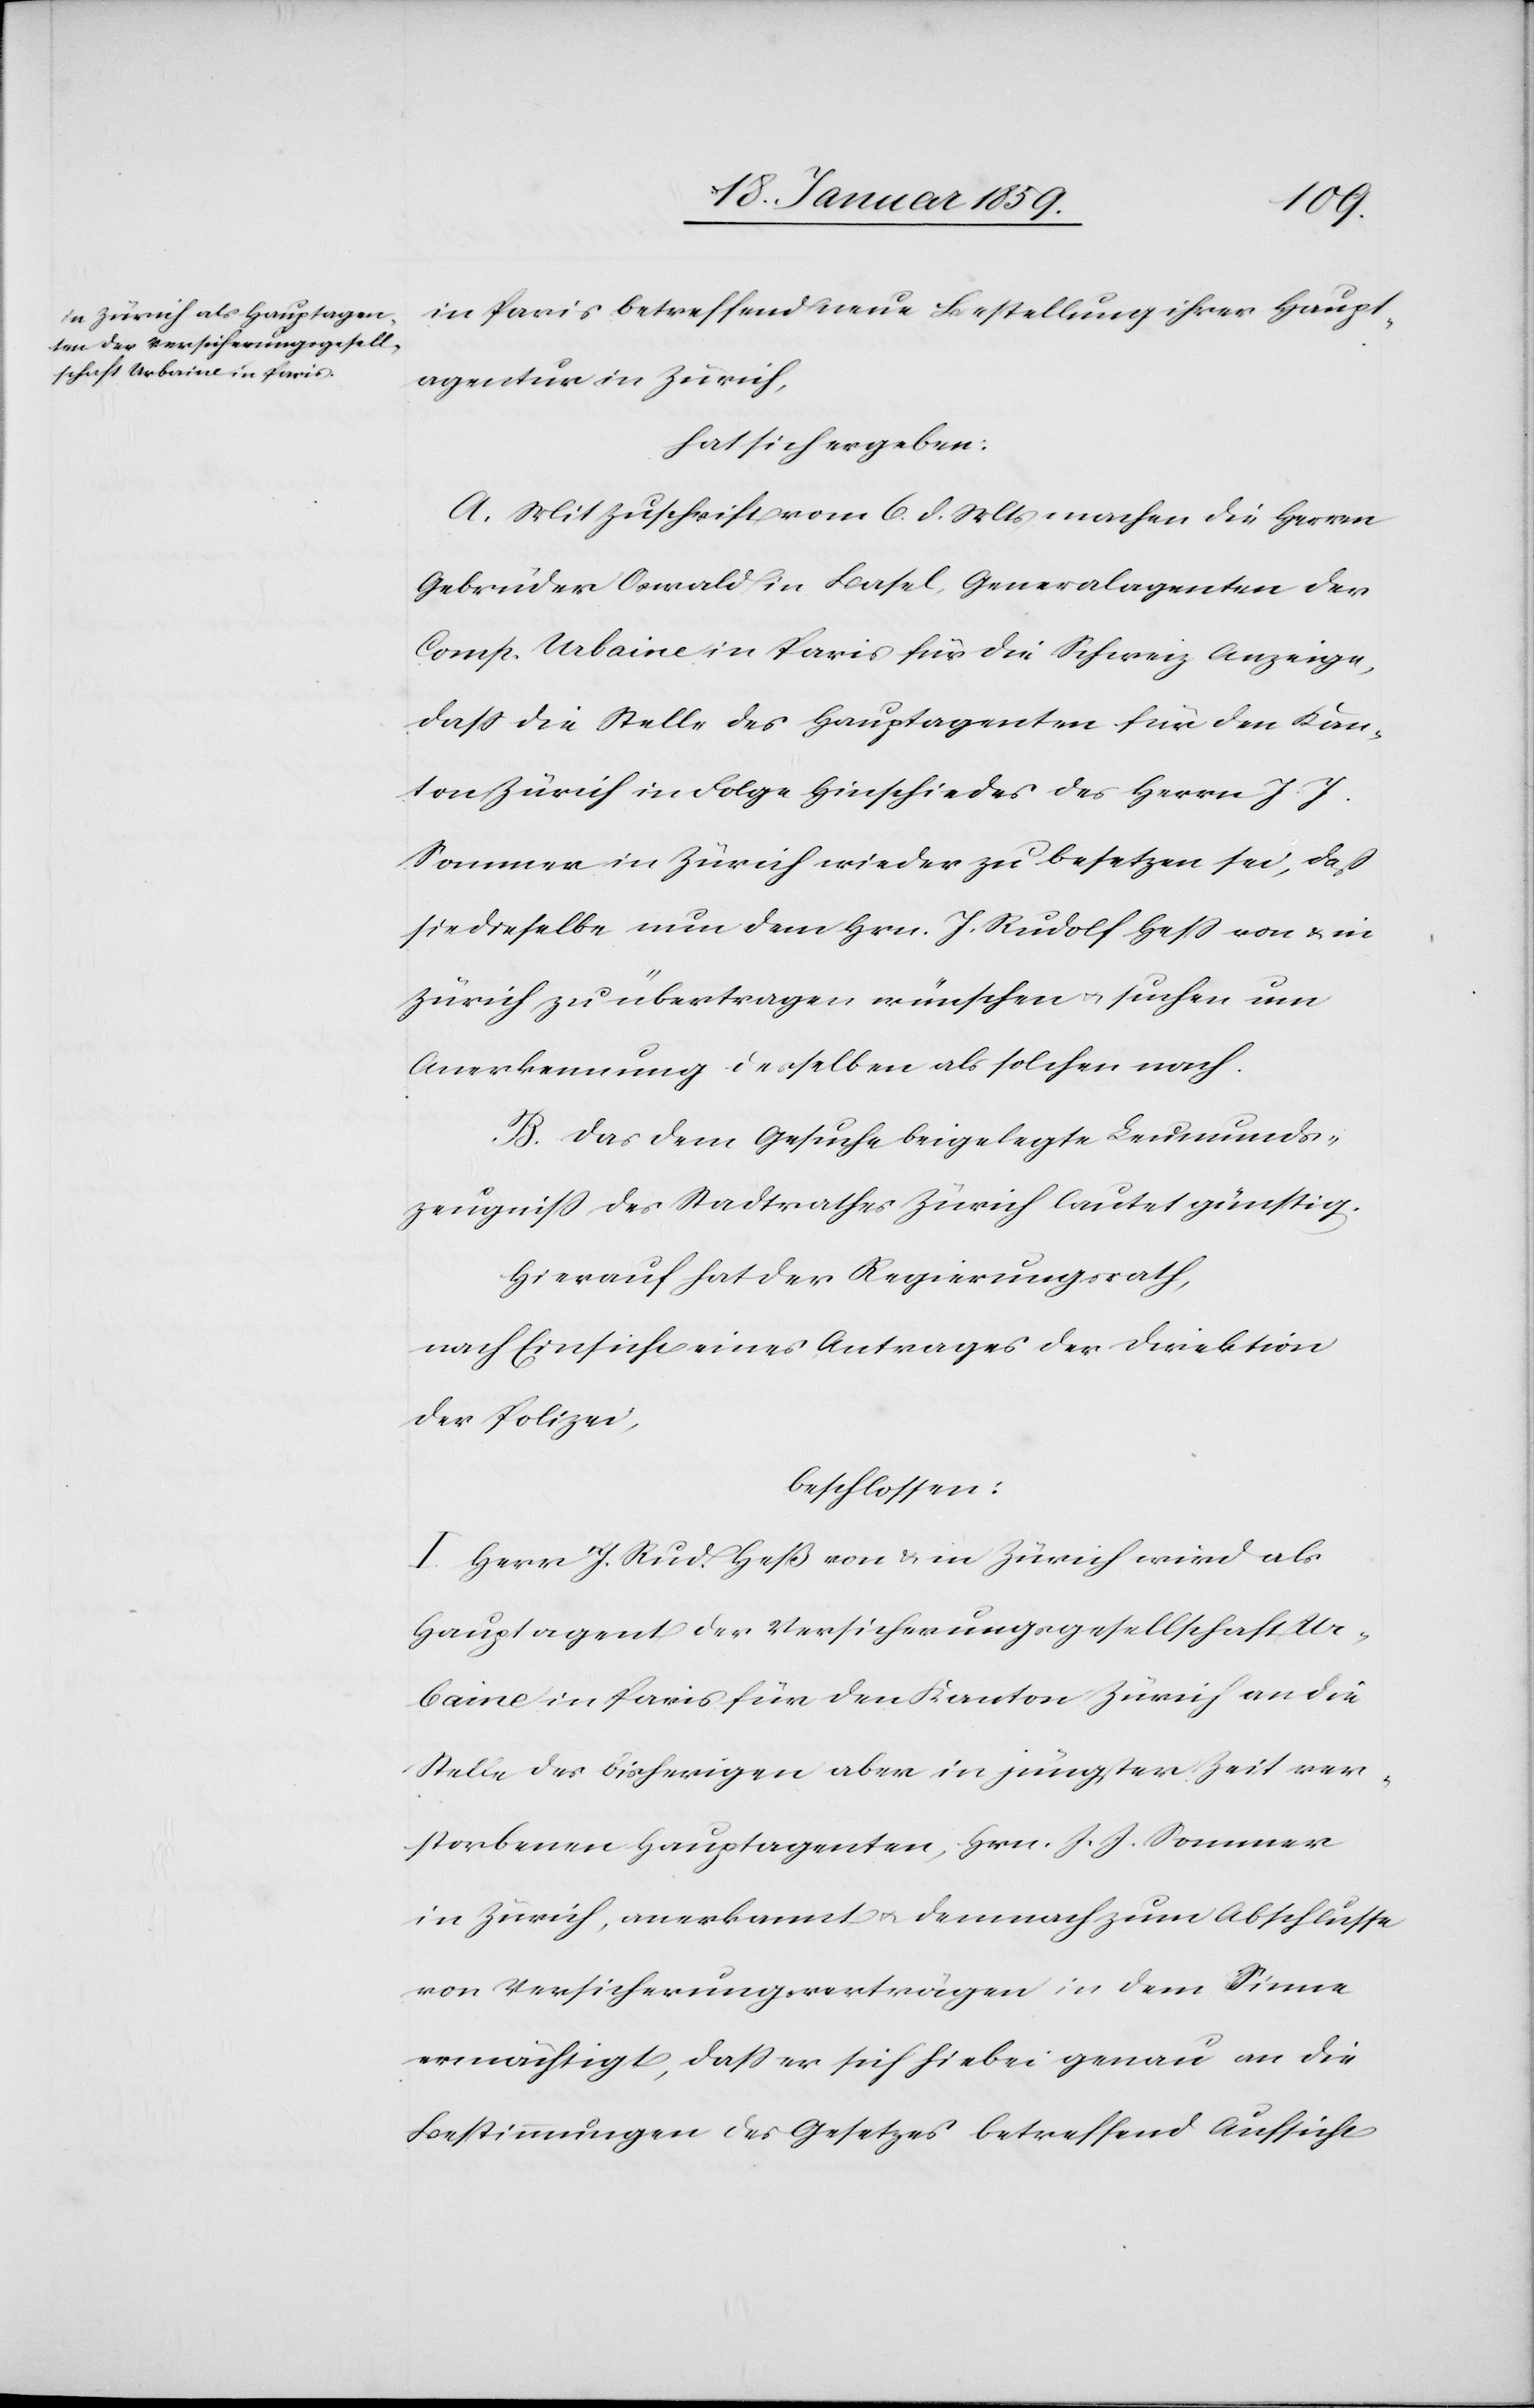
in Paris betreffend neue Bestellung ihrer Haupt¬
agentur in Zürich,
hat sich ergeben:
A. Mit Zuschrift vom 6. d. Mts machen die Herren
Gebrüder Oswald in Basel, Generalagentur der
Comp. Urbaine in Paris für die Schweiz Anzeige,
daß die Stelle des Hauptagenten für den Kan¬
ton Zürich in Folge Hinschiedes des Herrn J. J.
Sommer in Zürich wieder zu besetzen sei, daß
sie dieselbe nun dem Hrn. J. Rudolf Heß von & in
Zürich zu übertragen wünschen u. suchen um
Anerkennung desselben als solchen nach.
B. Das dem Gesuche beigelegte Leumunds¬
zeugniß des Stadtrathes Zürich lautet günstig.
Hierauf hat der Regierungsrath,
nach Einsicht eines Antrages der Direktion
der Polizei,
beschlossen:
I. Herr J. Rud. Heß von & in Zürich wird als
Hauptagent der Versicherungsgesellschaft Ur¬
baine in Paris für den Kanton Zürich an die
Stelle des bisherigen aber in jüngster Zeit ver¬
storbenen Hauptagenten, Hrn. J. J. Sommer
in Zürich, anerkannt u. demnach zum Abschlusse
von Versicherungsverträgen in dem Sinne
ermächtigt, daß er sich hiebei genau an die
Bestimmungen des Gesetzes betreffend Aufsicht